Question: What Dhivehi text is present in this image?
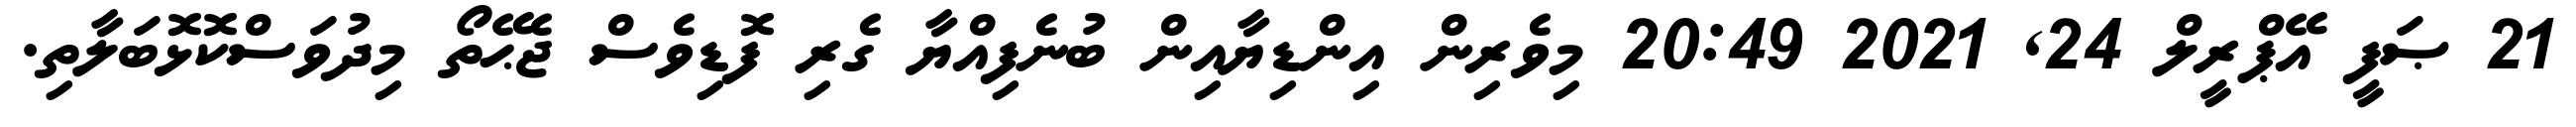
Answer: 21 ޞަފީ އޭޕްރީލް 24, 2021 20:49 މިވެރިން އިންޑިޔާއިން ބުނެފިއްޔާ ގެރި ފޮޑިވެސް ޖެޙޭތޯ މިދުވަސްކޮޅޮބަލާތި.